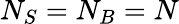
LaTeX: N_{S}=N_{B}=N